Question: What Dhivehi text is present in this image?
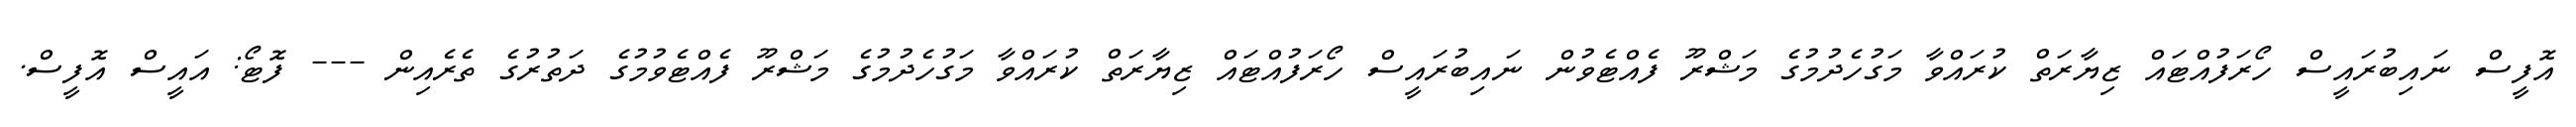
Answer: އޮފީސް ނައިބުރައީސް ހޯރަފުއްޓައް ޒިޔާރަތް ކުރައްވާ މަގުހެދުމުގެ މަޝްރޫ ފެއްޓެވުން ނައިބުރައީސް ހޯރަފުއްޓައް ޒިޔާރަތް ކުރައްވާ މަގުހެދުމުގެ މަޝްރޫ ފެއްޓެވުމުގެ ދަތުރުގެ ތެރެއިން --- ފޮޓޯ: އައީސް އޮފީސް.